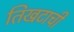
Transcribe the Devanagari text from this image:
तिखटाची